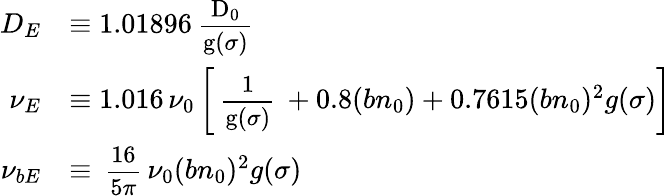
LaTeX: \begin{array}{rl}{D_{E}}&{\equiv 1.01896\mathrm{\small~\displaystyle\frac{D_0}{g(\sigma)}~}}\\ {\nu_{E}}&{\equiv 1.016\, \nu_{0}\left[\mathrm{\small~\displaystyle\frac{1}{g(\sigma)}~}+0.8(bn_{0})+0.7615(bn_{0})^{2}g(\sigma)\right]}\\ {\nu_{bE}}&{\equiv\mathrm{\small~\displaystyle\frac{16}{5\pi}~}\nu_{0}(bn_{0})^{2}g(\sigma)}\end{array}